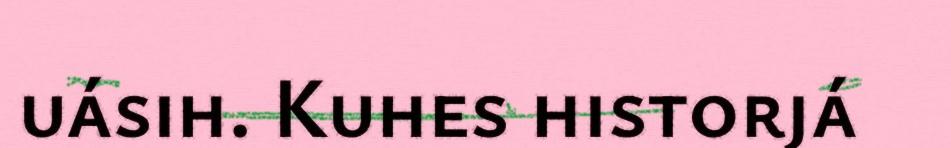
uásih. Kuhes historjá